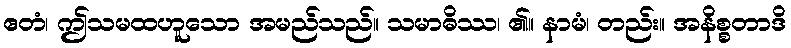
ဧတံ၊ ဤသမထဟူသော အမည်သည်။ သမာဓိဿ၊ ၏။ နာမံ၊ တည်း။ အနိစ္စတာဒိ